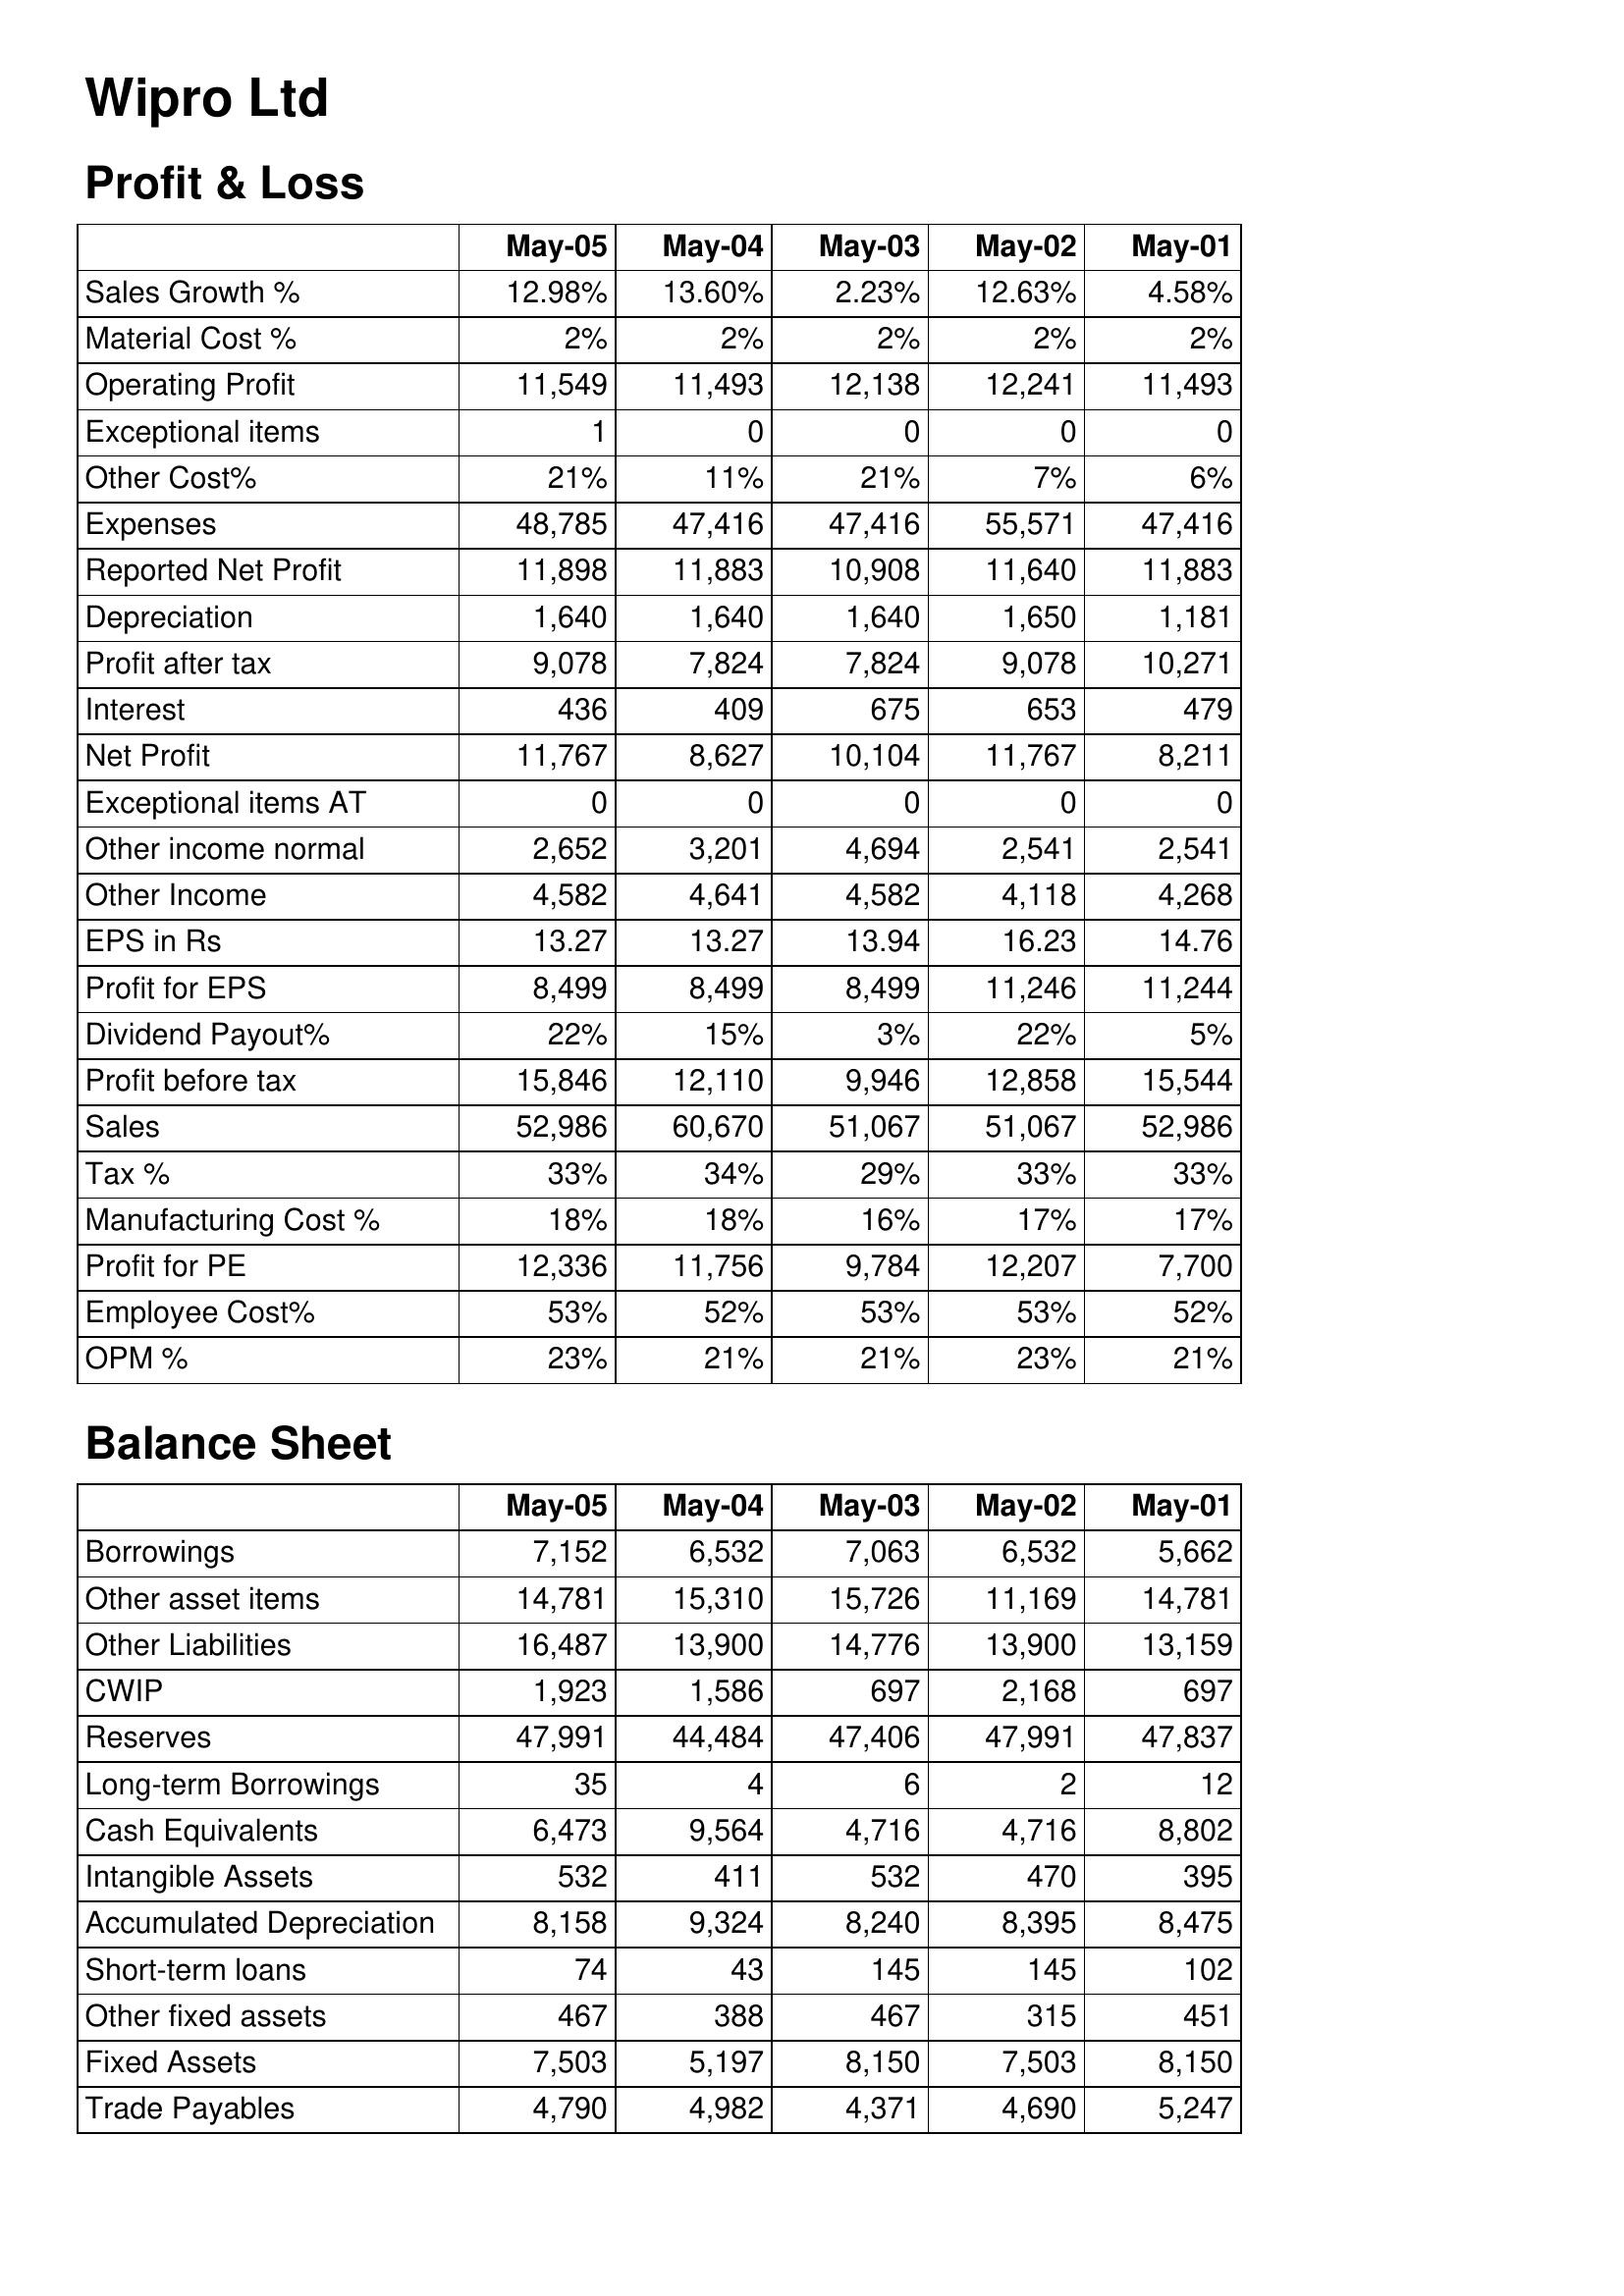
May-05: Profit & Loss: Sales Growth %: 12.98%
Material Cost %: 2%
Operating Profit: 11,549
Exceptional items: 1
Other Cost%: 21%
Expenses: 48,785
Reported Net Profit: 11,898
Depreciation: 1,640
Profit after tax: 9,078
Interest: 436
Net Profit: 11,767
Exceptional items AT: 0
Other income normal: 2,652
Other Income: 4,582
EPS in Rs: 13.27
Profit for EPS: 8,499
Dividend Payout%: 22%
Profit before tax: 15,846
Sales: 52,986
Tax %: 33%
Manufacturing Cost %: 18%
Profit for PE: 12,336
Employee Cost%: 53%
OPM %: 23%
Balance Sheet: Borrowings: 7,152
Other asset items: 14,781
Other Liabilities: 16,487
CWIP: 1,923
Reserves: 47,991
Long-term Borrowings: 35
Cash Equivalents: 6,473
Intangible Assets: 532
Accumulated Depreciation: 8,158
Short-term loans: 74
Other fixed assets: 467
Fixed Assets: 7,503
Trade Payables: 4,790
May-04: Profit & Loss: Sales Growth %: 13.60%
Material Cost %: 2%
Operating Profit: 11,493
Exceptional items: 0
Other Cost%: 11%
Expenses: 47,416
Reported Net Profit: 11,883
Depreciation: 1,640
Profit after tax: 7,824
Interest: 409
Net Profit: 8,627
Exceptional items AT: 0
Other income normal: 3,201
Other Income: 4,641
EPS in Rs: 13.27
Profit for EPS: 8,499
Dividend Payout%: 15%
Profit before tax: 12,110
Sales: 60,670
Tax %: 34%
Manufacturing Cost %: 18%
Profit for PE: 11,756
Employee Cost%: 52%
OPM %: 21%
Balance Sheet: Borrowings: 6,532
Other asset items: 15,310
Other Liabilities: 13,900
CWIP: 1,586
Reserves: 44,484
Long-term Borrowings: 4
Cash Equivalents: 9,564
Intangible Assets: 411
Accumulated Depreciation: 9,324
Short-term loans: 43
Other fixed assets: 388
Fixed Assets: 5,197
Trade Payables: 4,982
May-03: Profit & Loss: Sales Growth %: 2.23%
Material Cost %: 2%
Operating Profit: 12,138
Exceptional items: 0
Other Cost%: 21%
Expenses: 47,416
Reported Net Profit: 10,908
Depreciation: 1,640
Profit after tax: 7,824
Interest: 675
Net Profit: 10,104
Exceptional items AT: 0
Other income normal: 4,694
Other Income: 4,582
EPS in Rs: 13.94
Profit for EPS: 8,499
Dividend Payout%: 3%
Profit before tax: 9,946
Sales: 51,067
Tax %: 29%
Manufacturing Cost %: 16%
Profit for PE: 9,784
Employee Cost%: 53%
OPM %: 21%
Balance Sheet: Borrowings: 7,063
Other asset items: 15,726
Other Liabilities: 14,776
CWIP: 697
Reserves: 47,406
Long-term Borrowings: 6
Cash Equivalents: 4,716
Intangible Assets: 532
Accumulated Depreciation: 8,240
Short-term loans: 145
Other fixed assets: 467
Fixed Assets: 8,150
Trade Payables: 4,371
May-02: Profit & Loss: Sales Growth %: 12.63%
Material Cost %: 2%
Operating Profit: 12,241
Exceptional items: 0
Other Cost%: 7%
Expenses: 55,571
Reported Net Profit: 11,640
Depreciation: 1,650
Profit after tax: 9,078
Interest: 653
Net Profit: 11,767
Exceptional items AT: 0
Other income normal: 2,541
Other Income: 4,118
EPS in Rs: 16.23
Profit for EPS: 11,246
Dividend Payout%: 22%
Profit before tax: 12,858
Sales: 51,067
Tax %: 33%
Manufacturing Cost %: 17%
Profit for PE: 12,207
Employee Cost%: 53%
OPM %: 23%
Balance Sheet: Borrowings: 6,532
Other asset items: 11,169
Other Liabilities: 13,900
CWIP: 2,168
Reserves: 47,991
Long-term Borrowings: 2
Cash Equivalents: 4,716
Intangible Assets: 470
Accumulated Depreciation: 8,395
Short-term loans: 145
Other fixed assets: 315
Fixed Assets: 7,503
Trade Payables: 4,690
May-01: Profit & Loss: Sales Growth %: 4.58%
Material Cost %: 2%
Operating Profit: 11,493
Exceptional items: 0
Other Cost%: 6%
Expenses: 47,416
Reported Net Profit: 11,883
Depreciation: 1,181
Profit after tax: 10,271
Interest: 479
Net Profit: 8,211
Exceptional items AT: 0
Other income normal: 2,541
Other Income: 4,268
EPS in Rs: 14.76
Profit for EPS: 11,244
Dividend Payout%: 5%
Profit before tax: 15,544
Sales: 52,986
Tax %: 33%
Manufacturing Cost %: 17%
Profit for PE: 7,700
Employee Cost%: 52%
OPM %: 21%
Balance Sheet: Borrowings: 5,662
Other asset items: 14,781
Other Liabilities: 13,159
CWIP: 697
Reserves: 47,837
Long-term Borrowings: 12
Cash Equivalents: 8,802
Intangible Assets: 395
Accumulated Depreciation: 8,475
Short-term loans: 102
Other fixed assets: 451
Fixed Assets: 8,150
Trade Payables: 5,247